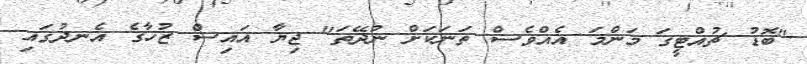
"ބޮޑު ޗުއްޓީގަ މަންމަ އެއްވެސް ތަނަކަށް ނުދޭތަ" ޖިޔާ އައިސް ޒުހާގެ އެނދުގައި